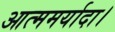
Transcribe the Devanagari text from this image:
आत्ममर्यादा।